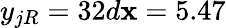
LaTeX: y_{jR}=32d\mathbf{x}=5.47